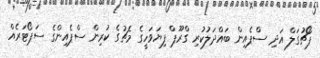
ޕޯޗުގަލް އަދި ސްޕެއިން ބައްދަލުކުރި ގްރޫޕް ފިޔަވަހީގެ މެޗުގެ ކުރިން ސްޕެއިންގެ ސަޕޯޓަރެއް